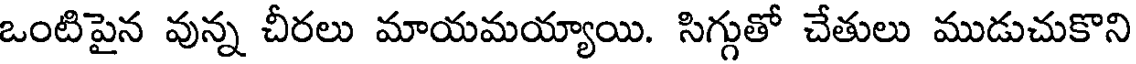
ఒంటిపైన వున్న చీరలు మాయమయ్యాయి. సిగ్గుతో చేతులు ముడుచుకొని